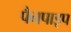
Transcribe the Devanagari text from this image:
पैनपाइप